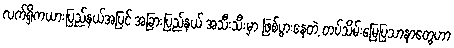
လက်ရှိကယားပြည်နယ်အပြင် အခြားပြည်နယ် အသီးသီးမှာ ဖြစ်ပွားနေတဲ့ တပ်သိမ်းမြေပြသာနာတွေဟာ